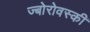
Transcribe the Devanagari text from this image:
ज्बोरोवस्की